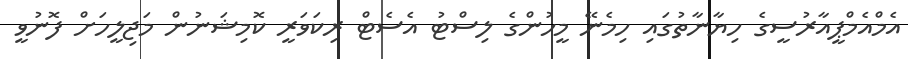
އެމްއެމްޕީއާރުސީގެ ހިޔާނާތުގައި ހިމެނޭ މީހުންގެ ލިސްޓު އެސެޓް ރިކަވަރީ ކޮމިޝަނުން މަޖިލީހަށް ފޮނުވީ